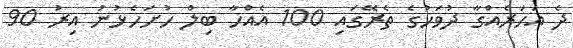
ދެ އަހަރެއްގާ ދުވަހުގެ ތެރޭގައި 100 އެއްހާ ބިލް ހުށަހެޅުނު އިރު 90